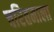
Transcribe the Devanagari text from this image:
चरितमाला